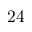
2 4